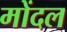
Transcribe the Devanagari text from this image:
मोंदल